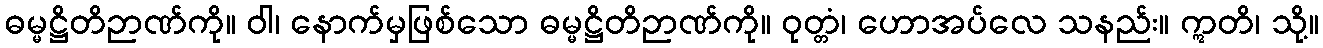
ဓမ္မဋ္ဌိတိဉာဏ်ကို။ ဝါ၊ နောက်မှဖြစ်သော ဓမ္မဋ္ဌိတိဉာဏ်ကို။ ဝုတ္တံ၊ ဟောအပ်လေ သနည်း။ ဣတိ၊ သို့။